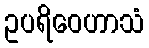
ဥပရိဝေဟာသံ